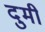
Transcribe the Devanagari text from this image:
दुमी